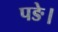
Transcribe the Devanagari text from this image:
पङे।